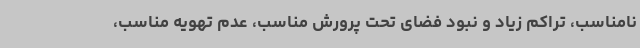
نامناسب، تراکم زیاد و نبود فضای تحت پرورش مناسب، عدم تهویه مناسب،